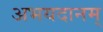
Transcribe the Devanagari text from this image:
अभयदानम्